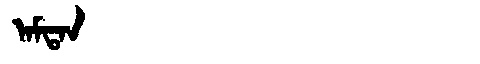
Manchu: ᠠᠮᡨᠠᠨ
Romanization: AMTAN